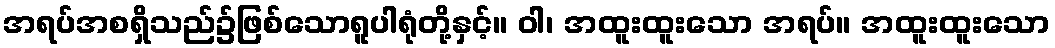
အရပ်အစရှိသည်၌ဖြစ်သောရူပါရုံတို့နှင့်။ ဝါ၊ အထူးထူးသော အရပ်။ အထူးထူးသော